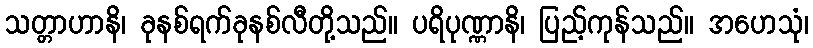
သတ္တာဟာနိ၊ ခုနစ်ရက်ခုနစ်လီတို့သည်။ ပရိပုဏ္ဏာနိ၊ ပြည့်ကုန်သည်။ အဟေသုံ၊